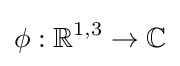
\phi :\mathbb {R} ^{1,3}\rightarrow \mathbb {C}